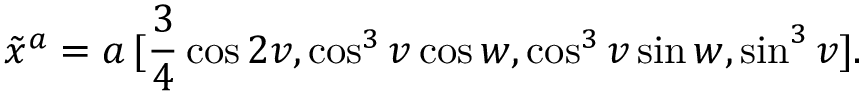
\tilde { x } ^ { a } = a \, [ \frac { 3 } { 4 } \cos 2 v , \cos ^ { 3 } v \cos w , \cos ^ { 3 } v \sin w , \sin ^ { 3 } v ] .